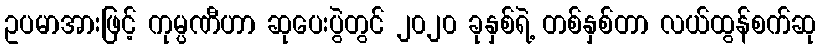
ဥပမာအားဖြင့် ကုမ္ပဏီဟာ ဆုပေးပွဲတွင် ၂၀၂၀ ခုနှစ်ရဲ့ တစ်နှစ်တာ လယ်ထွန်စက်ဆု